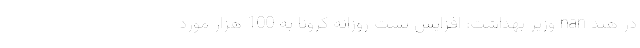
در هند nan وزیر بهداشت: افزایش تست‌ روزانه کرونا به 100 هزار مورد